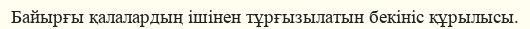
Байырғы қалалардың ішінен тұрғызылатын бекініс құрылысы.